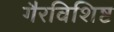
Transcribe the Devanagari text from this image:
गैरविशिष्ट